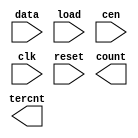
////////////////////////////////////////////////////////////////////////////////
//
//       This confidential and proprietary software may be used only
//     as authorized by a licensing agreement from Synopsys Inc.
//     In the event of publication, the following notice is applicable:
//
//                    (C) COPYRIGHT 1994 - 2018 SYNOPSYS INC.
//                           ALL RIGHTS RESERVED
//
//       The entire notice above must be reproduced on all authorized
//     copies.
//
//
// VERSION:   Simulation Architecture
//
// DesignWare_version: 83242b32
// DesignWare_release: O-2018.06-DWBB_201806.3
//
////////////////////////////////////////////////////////////////////////////////
//-----------------------------------------------------------------------------------
//
// ABSTRACT:  LFSR Counter with Static Count-to Flag
//           Programmable wordlength (width in integer range 1 to 50)
//           positive edge-triggering clock: clk
//           asynchronous reset(active low): reset
//           count state : count
//           when reset = '0' , count <= "000...000"
//           counter state 0 to 2**width-2, "111...111" illegal state
//
// MODIFIED:
//
//           07/16/2015  Liming Su   Changed for compatibility with VCS Native
//                                   Low Power
//           07/14/94 06:20am
//
//------------------------------------------------------------------------------

module DW03_lfsr_scnto
 (data, load, cen, clk, reset, count, tercnt);
parameter   integer width = 8;
parameter   integer count_to = 5;

  input [width-1 : 0] data;
  input load, cen, clk, reset;
  output [width-1 : 0] count;
  output tercnt;

  // synopsys translate_off

  reg right_xor, shift_right, tc;
  reg [width-1 : 0] q, de, d;

`ifdef UPF_POWER_AWARE
`protected
\e(O-[[A:?)b@9W9c#C5&DXSVHg-98:A005,V-EW:7\,#@#LQAV-3)5A1>.\XKIL
6:\E4/F/4I6+KEF.DN,G&91X)MC7NTf(4T.aKgZ^c\EX-aNS[e=f\7VI9L@Q&:DM
&)aHTKQg;?K38SfB6-)VEFg-F(.)U.T9T.5AGG2/DdT09/0?=d8<bKJO;LH5,S)=
Q)<P5:0J_&RV[[c_ca74ZY3cSX5.,#D.J].<\M\\g\G5gbBI..O@6=YS&(-Q>R8-
NE+LISJ:eb7C&QD@C8>5dULec>7Q[J+[#V6,@]4>2PS&3\.c.Q+GR7d/)V8V[R^D
7G8.14bU1F4E(@NdeM9><J\334W5I3[_/C[XA@:9J^cB.3L,>CO@]Q>;;gG202K)
]YW@.#MQSW4/AKDG^YTU&-YcbGG)GS1(Y5PUZf[SD&U9dWd<5<<H<83[8JX0@KDI
cS_FRMGH[:E^]K5UgL8-/GcSJ3UDJMO@+fRT,;KQ05[YE[30OA&VT=e1KIPV+\NL
GZ]Z]Q5LBN:TERdV57JgW89R3V.4+K7W,c+dc8RFRId/2I:]Vd&Q:)<3^+aIe(dH
f@eR.D_=H^(S9LIA&RSR3;.4b(6f7G(U+&4a-.BPK\43B;7_,I.C(0J>(gHT6;7e
A1]GG=d=3@N)-EULJNZWLOZ@J@B[O>ZMO9=99@D7@,+J<SO#RY2A\RQ^]C;ZK]RP
/#U+/(>M+HfP&C.0#MCQI[?URP[YX)ZX^1]f0I[U,3b??GOfeOKHRfZG,NA-L_4a
64J[>aHS7V:06C8@CZS,NFdFfc.g;(_[c/C]cP,Td4S7]e;5/e8<;#^FBC>Sd0F9
]<#YX3;_D_U06/fM?U>K[GD(53@_#PRQ261;MCN8VC41)AKUN9OXJ&a+ECXY+D]^
34XZ?G?gNFE>cV3I0D#SR=Z&27F:<B3T,@_;f,?;T-9=:,KZb;>RN?dW<HNQ<,VI
L54=0A,Pb_[Je#9)@a#R;EUBS=:H@c&LGZYaIU#TN[AMON9.V#8O;6Mb>59\DELI
\ECJTE2]<#(?D73DE8WIREJ#4^DL:]KO1>4Z__A6_R3NBPR0c\X8&;RI[B5-FDU1
)2U[MY^E[:Q;65d@Fc>]DHgM&#B<=>3?2+L90,0^5XH&AQU\.D&2Cf>_gb)-7AFF
8#CB]Df4EQbA\#:K(bYGfd._@]g\S6LG9L7#U1,S[RZ0K4E?AG-DLOR]>f]7+VBI
KN1S@eE\6/C:>bN[ad=X6QEMI+8eR[g_c<;/#=@^Z?aBBK^D?1@5F:V1R4GUe:(?
AHc(YEaL10bR6f\MR?(SO;5fK;.4P\CM-(f/8cR8Jf[_90OB3UZI94cd=S]PE7\(
L>1fB^3L3J\=)F/8.c.B8C<Cd<)OO>HTK\XGDg<>QS5SaE1D@,88DJ?2X4)P?DJb
C[J[g7@GQLYd>+J?U[7X[1Z.(W7ESA0XYN9<8C.QJC-9&?a#DJ[.b7.fgb_(Q]7<
IH@4\Ha6ZBc@\/d5>O#14G+<cM1E\fN)(PdR<X<7VFWH_J,9I2#C)WC&+TOgQOR2
&Z5[C(;(CQL0//7&#)Qd-\BN1O\X,\H5M33@594XQaH&6;=OJgMQg0>?#9<,/0Y5
EUQeaVUa<ZVD.5&H-#ff3Z;\.=IeR9BP=]_0;2;906KeN+cPSAVaB[JN;E?8d4BY
AZ4=G8HY3Y?)18LM9_Nc^=bUbc&Wb\_6-IL#<Y6K+4K8EAD6FJ=0eL@,RdHSBMKb
XNG<)5/^&TJ\Q87W:6QZc=5La\>ZO8L5]\G-QeL&a(aT^FX2_AJH<U,LW7/6GAJ.T$
`endprotected

`else
  reg [width-1 : 0] p;
`endif

  function [width-1 : 0] shr;
    input [width-1 : 0] a;
    input msb;
    reg [width-1 : 0] b;
    begin
      b = a >> 1;
      b[width-1] = msb;
      shr = b;
    end
  endfunction

  assign count = q;
  assign tercnt = tc;

`ifndef UPF_POWER_AWARE
  initial
    begin
    case (width)
      1: p = 1'b1;
      2,3,4,6,7,15,22: p = 'b011;
      5,11,21,29,35: p = 'b0101;
      10,17,20,25,28,31,41: p = 'b01001;
      9,39: p = 'b010001;
      23,47: p = 'b0100001;
      18: p = 'b010000001;
      49: p = 'b01000000001;
      36: p = 'b0100000000001;
      33: p = 'b010000000000001;
      8,38,43: p = 'b01100011;
      12: p = 'b010011001;
      13,45: p = 'b011011;
      14: p = 'b01100000000011;
      16: p = 'b0101101;
      19: p = 'b01100011;
      24: p = 'b011011;
      26,27: p = 'b0110000011;
      30: p = 'b011000000000000011;
      32,48: p = 'b011000000000000000000000000011;
      34: p = 'b01100000000000011;
      37: p = 'b01010000000101;
      40: p = 'b01010000000000000000101;
      42: p = 'b0110000000000000000000011;
      44,50: p = 'b01100000000000000000000000011;
      46: p = 'b01100000000000000000011;
      default p = 'bx;
    endcase
    end
`endif

  always
    begin: proc_shr
      right_xor = (width == 1) ? ~ q[0] : ^ (q & p);
      shift_right = ~ right_xor;
      @q;
    end // proc_shr

  always
    @(load or cen or shift_right or q or data)
    begin
      de = load ? shr(q,shift_right) : data;
      d = cen ? de : q;
    end

  always @(posedge clk or negedge reset)
    begin
      if (reset === 1'b0)
        begin
          q <= 0;
        end
      else
        begin
          q <= d;
        end
    end

  always @(q) tc = count_to == q;

  // synopsys translate_on

endmodule // dw03_lfsr_scnto